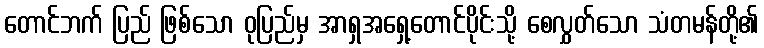
တောင်ဘက် ပြည် ဖြစ်သော ဝုပြည်မှ အာရှအရှေ့တောင်ပိုင်းသို့ စေလွှတ်သော သံတမန်တို့၏